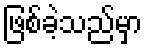
ဖြစ်ခဲ့သည်မှာ